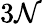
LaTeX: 3\mathcal{N}